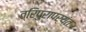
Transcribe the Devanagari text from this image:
त्रिपुरापर्यंत